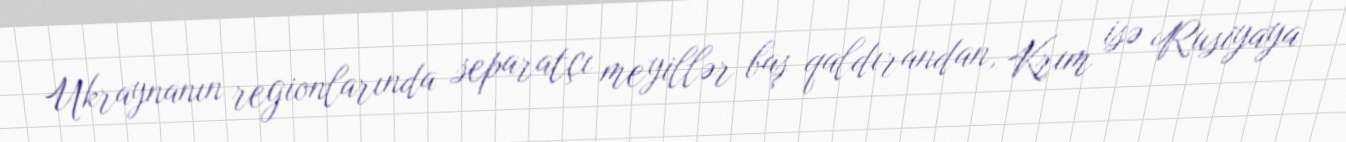
Ukraynanın regionlarında separatçı meyillər baş qaldırandan, Krım isə Rusiyaya